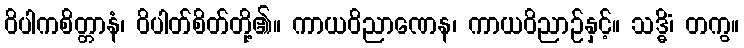
ဝိပါကစိတ္တာနံ၊ ဝိပါတ်စိတ်တို့၏။ ကာယဝိညာဏေန၊ ကာယဝိညာဉ်နှင့်။ သဒ္ဓိံ၊ တကွ။